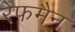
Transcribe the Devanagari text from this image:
रेफमैन